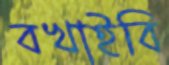
বখাইবি